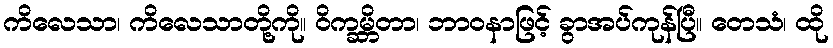
ကိလေသာ၊ ကိလေသာတို့ကို။ ဝိက္ခမ္ဘိတာ၊ ဘာဝနာဖြင့် ခွာအပ်ကုန်ပြီ။ တေသံ၊ ထို